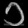
Digit: ၁